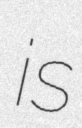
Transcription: is